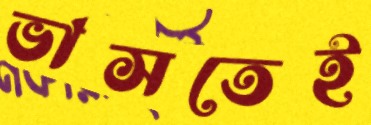
ভাসতেই